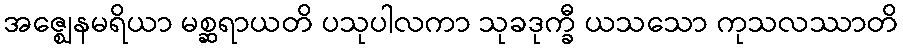
အဇ္ဈေနမရိယာ မစ္ဆရာယတိ ပသုပါလကာ သုခဒုက္ခီ ယသသော ကုသလဿာတိ